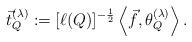
LaTeX: \begin{align*}\vec t^{(\lambda)}_Q:=[\ell(Q)]^{-\frac12}\left\langle\vec f,\theta^{(\lambda)}_Q\right\rangle.\end{align*}